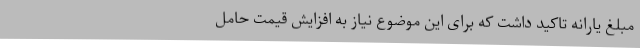
مبلغ یارانه تاکید داشت که برای این موضوع نیاز به افزایش قیمت حامل